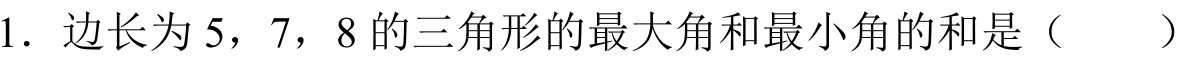
1. 边长为$5$，$7$，$8$的三角形的最大角和最小角的和是（  ）